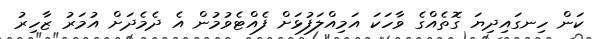
ކަން ހިނގައިދިޔަ ގޮތެއްގެ ވާހަކަ އަމިއްލަފުޅަށް ފެއްޓެވުމުން އެ ދެމެދަށް އުމަރު ޒާހިރު